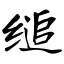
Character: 缒